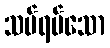
သပ်ရပ်သော